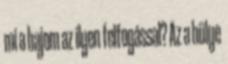
mi a bajom az ilyen felfogással? Az a hülye